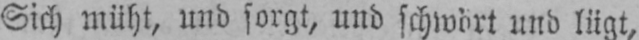
Sich müht, und sorgt, und schwört und lügt,